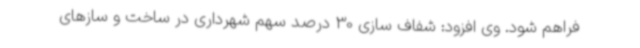
فراهم شود. وی افزود: شفاف سازی 30 درصد سهم شهرداری در ساخت و سازهای